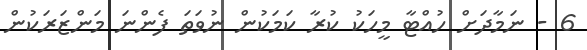
6 - ނަމާދަށް ހުއްޓާ މީހަކު ކުރާ ކަމަކުން ނުވަތަ ފެންނަ މަންޒަރަކުން